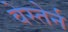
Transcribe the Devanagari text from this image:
वेस्तेर्न